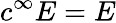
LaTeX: c^{\infty}E=E